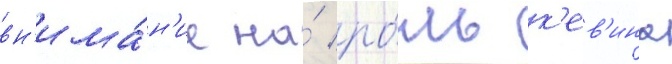
вн'има́н'ие на́ ро́ль к'ев'ина